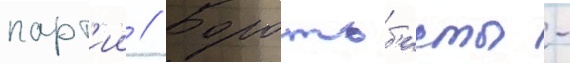
парт'ии // Боротьб'исты -